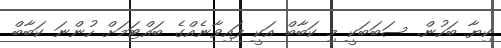
ކިޔާ ބަހުން. ސަބަބަކީ މި ކަބާބް އަކީ ފައިވާނެއްގެ ބައްޓަމަށް ހުންނަ ކަބާބް